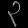
Digit: ၃